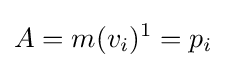
A=m(v_{i})^{1}=p_{i}